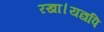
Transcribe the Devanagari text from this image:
रखा।यद्यपि